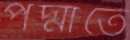
পদ্মাতে